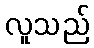
လူသည်